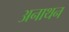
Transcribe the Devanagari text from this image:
अनाथन